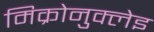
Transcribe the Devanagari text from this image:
मिक्रोनुक्लेइ